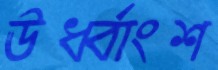
ঊর্ধ্বাংশ